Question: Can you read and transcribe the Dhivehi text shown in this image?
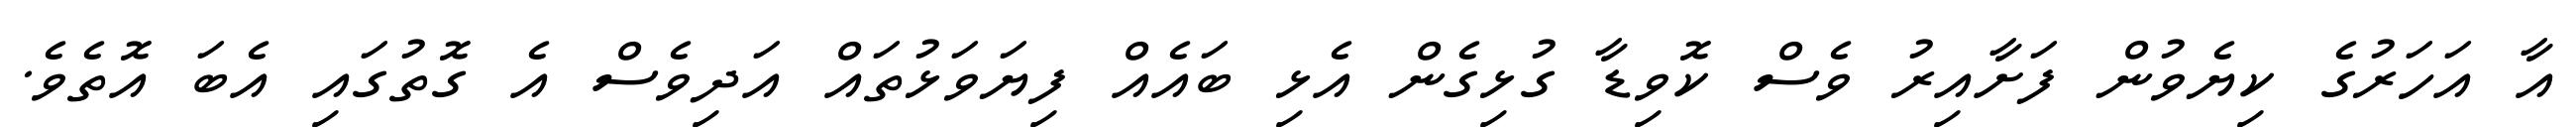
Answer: އާ އަހަރުގެ ކިޔެވުން ފަށާއިރު ވެސް ކޮވިޑާ ގުޅިގެން އެޅި ބައެއް ފިޔަވަޅުތައް އަދިވެސް އެ ގޮތުގައި އެބަ އޮތެވެ.